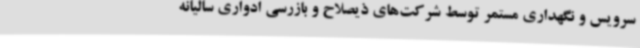
سرویس و نگهداری مستمر توسط شرکت‌های ذیصلاح و بازرسی ادواری سالیانه